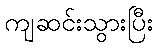
ကျဆင်းသွားပြီး